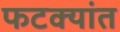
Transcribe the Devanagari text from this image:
फटक्यांत